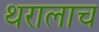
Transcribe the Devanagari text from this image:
थरालाच